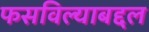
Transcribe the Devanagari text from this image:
फसविल्याबद्दल